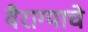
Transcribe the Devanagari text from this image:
वैराग्याचे